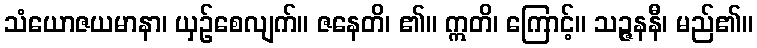
သံယောဇယမာနာ၊ ယှဉ်စေလျက်။ ဇနေတိ၊ ၏။ ဣတိ၊ ကြောင့်။ သဉ္ဇနနီ၊ မည်၏။